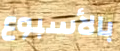
بالأسبوع